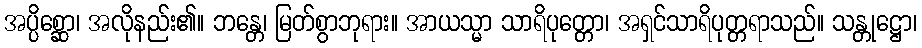
အပ္ပိစ္ဆော၊ အလိုနည်း၏။ ဘန္တေ၊ မြတ်စွာဘုရား။ အာယသ္မာ သာရိပုတ္တော၊ အရှင်သာရိပုတ္တရာသည်။ သန္တုဋ္ဌော၊